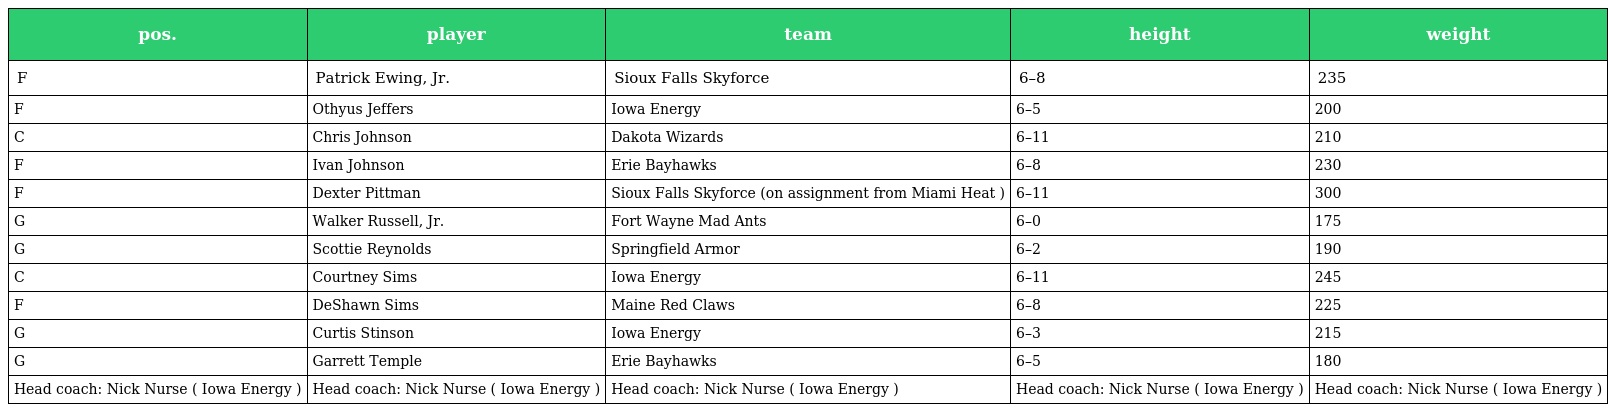
| pos. | player | team | height | weight |
 | --- | --- | --- | --- | --- |
 | F | Patrick Ewing, Jr. | Sioux Falls Skyforce | 6–8 | 235 |
 | F | Othyus Jeffers | Iowa Energy | 6–5 | 200 |
 | C | Chris Johnson | Dakota Wizards | 6–11 | 210 |
 | F | Ivan Johnson | Erie Bayhawks | 6–8 | 230 |
 | F | Dexter Pittman | Sioux Falls Skyforce (on assignment from Miami Heat ) | 6–11 | 300 |
 | G | Walker Russell, Jr. | Fort Wayne Mad Ants | 6–0 | 175 |
 | G | Scottie Reynolds | Springfield Armor | 6–2 | 190 |
 | C | Courtney Sims | Iowa Energy | 6–11 | 245 |
 | F | DeShawn Sims | Maine Red Claws | 6–8 | 225 |
 | G | Curtis Stinson | Iowa Energy | 6–3 | 215 |
 | G | Garrett Temple | Erie Bayhawks | 6–5 | 180 |
 | Head coach: Nick Nurse ( Iowa Energy ) | Head coach: Nick Nurse ( Iowa Energy ) | Head coach: Nick Nurse ( Iowa Energy ) | Head coach: Nick Nurse ( Iowa Energy ) | Head coach: Nick Nurse ( Iowa Energy ) |